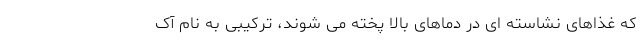
که غذاهای نشاسته ای در دماهای بالا پخته می شوند، ترکیبی به نام آک